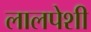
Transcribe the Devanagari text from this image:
लालपेशी